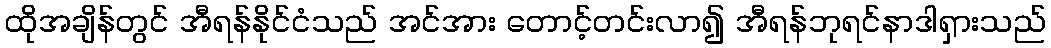
ထိုအချိန်တွင် အီရန်နိုင်ငံသည် အင်အား တောင့်တင်းလာ၍ အီရန်ဘုရင်နာဒါရှားသည်